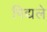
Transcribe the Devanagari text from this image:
पिद्यले